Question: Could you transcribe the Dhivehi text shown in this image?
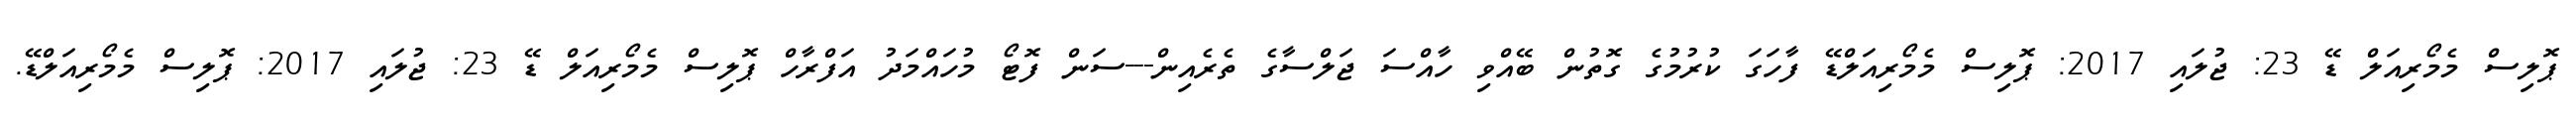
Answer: ޕޮލިސް މެމޯރިއަލް ޑޭ 23: ޖުލައި 2017: ޕޮލިސް މެމޯރިއަލްޑޭ ފާހަގަ ކުރުމުގެ ގޮތުން ބޭއްވި ހާއްސަ ޖަލްސާގެ ތެރެއިން---ސަން ފޮޓޯ މުހައްމަދު އަފްރާހް ޕޮލިސް މެމޯރިއަލް ޑޭ 23: ޖުލައި 2017: ޕޮލިސް މެމޯރިއަލްޑޭ.